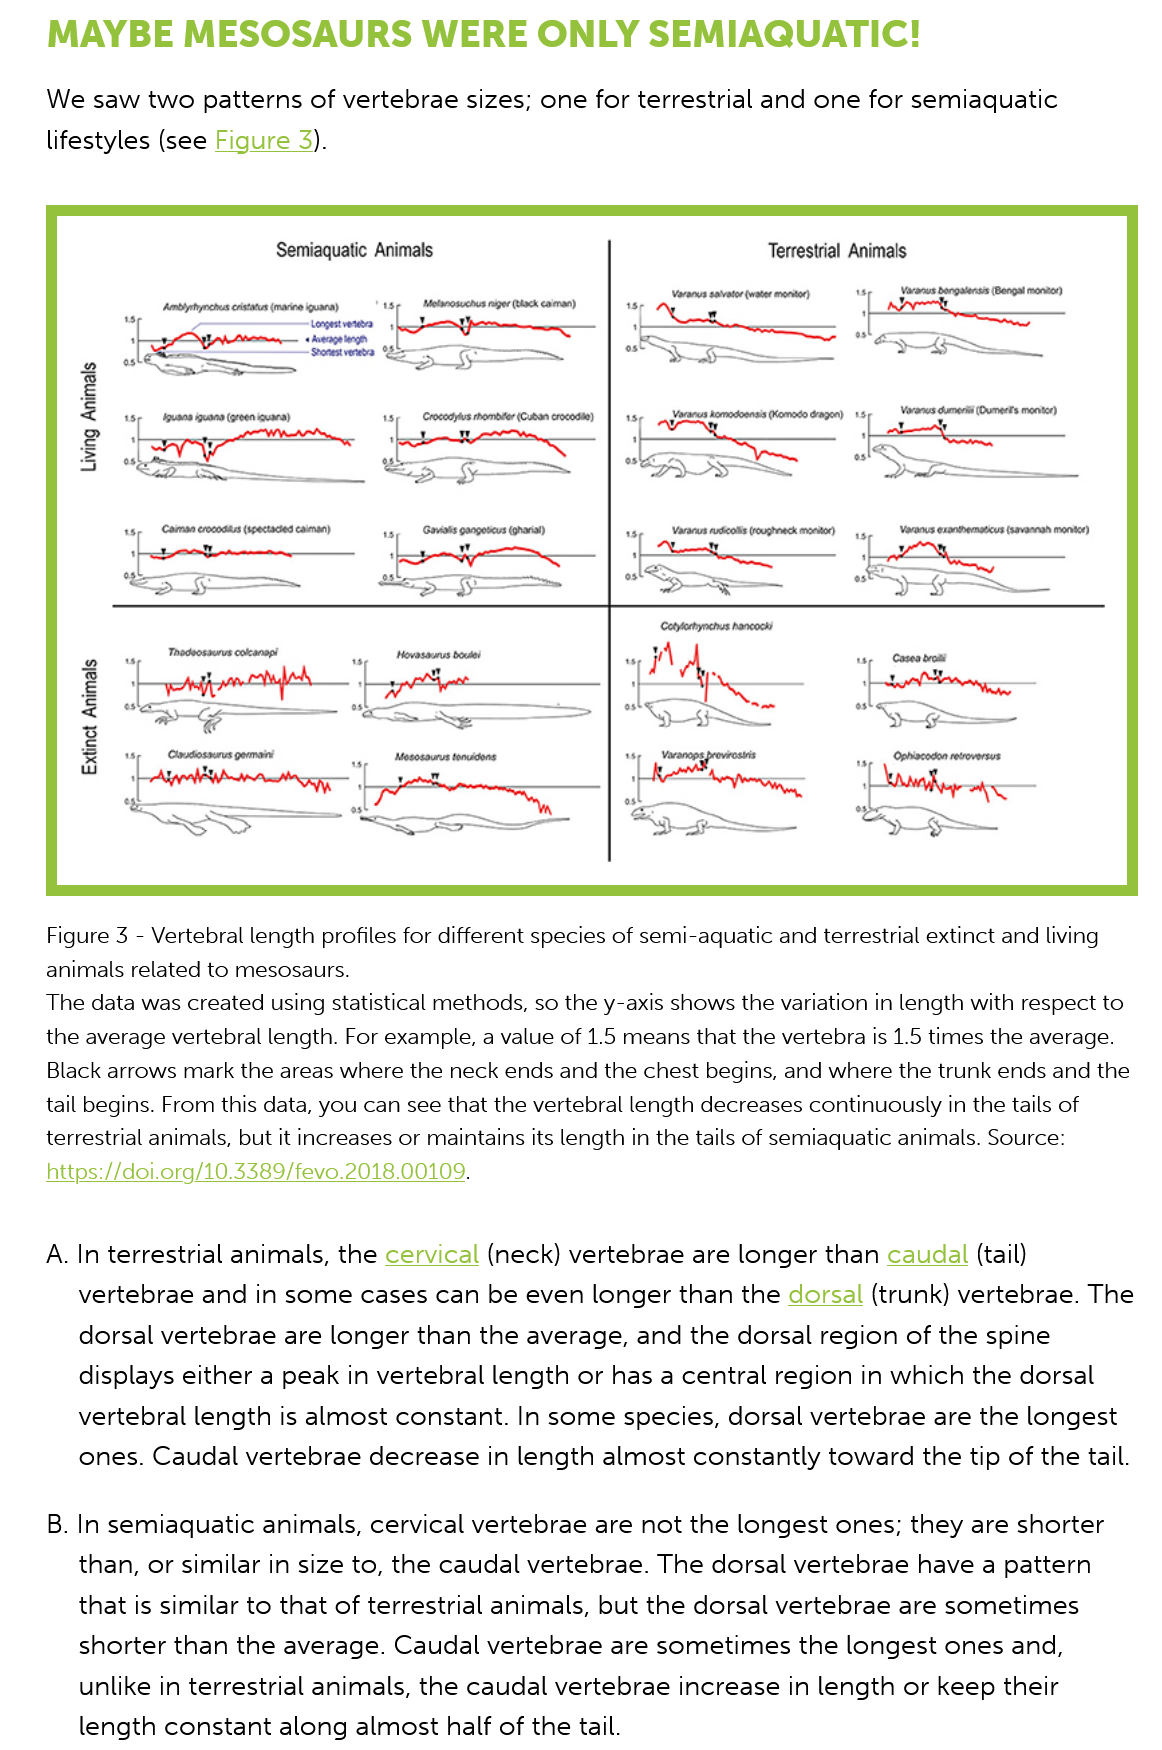
MAYBE    MESOSAURS    WERE    ONLY    SEMIAQUATIC!
     We saw   two patterns  of vertebrae  sizes; one  for terrestrial and one for semiaquatic
     lifestyles (see Figure 3).
     The data was created using statistical methods, so the y-axis shows the variation in length with respect to
     the average vertebral length. For example, a value of 1.5 means that the vertebra is 1.5 times the average.
     Black arrows mark the areas where the neck ends and the chest begins, and where the trunk ends and the
     tail begins. From this data, you can see that the vertebral length decreases continuously in the tails of
     terrestrial animals, but it increases or maintains its length in the tails of semiaquatic animals. Source:
     https://doi.org/10.3389/fevo.2018.00109.
     A. In terrestrial animals, the cervical (neck) vertebrae  are longer than  caudal (tail)

     vertebrae  and in some   cases  can be  even  longer than  the dorsal  (trunk) vertebrae. The

     dorsal vertebrae  are longer  than the  average,  and the  dorsal region  of the spine
     displays either a peak  in vertebral length or has  a central region  in which  the dorsal
     vertebral length  is almost constant.  In some  species,  dorsal vertebrae  are the longest
     ones. Caudal   vertebrae  decrease in  length almost   constantly  toward  the tip of the tail.
     B. In semiaquatic  animals,  cervical vertebrae  are not the  longest ones;  they are  shorter
     than, or similar in size to, the caudal vertebrae. The  dorsal  vertebrae  have a pattern
     that is similar to that of terrestrial animals, but the dorsal vertebrae are sometimes
     shorter than  the average.  Caudal  vertebrae  are sometimes    the longest  ones  and,
     unlike in terrestrial animals, the caudal vertebrae  increase  in length or  keep their
     length constant   along almost   half of the tail.
     Figure 3
     -
     Vertebral length profiles for different species of semi-aquatic and terrestrial extinct and living
     animals related to mesosaurs.
     Semiaquatic Animals
     syewiuy
     Suir]
     ‘syewluy
     yougx3
     Terrestrial Animals
     Aembiytnyrchuss cristata (maree quan)
     Moleroschess raged (thack cana)
     ipuans mquane (green quar) Crocodylus thombter (Cuban crocodie)
     Caman crocoditss (spectacied cainan)
     Veranus saivetor {water monitor)
     omadoensss (Komodo Srayen),
     Vorarnas dumerié (Oumert's moniter)
     Varonus
     bengatensis (Bengal montor)
     Varanus nudicollis (roughneck monitor), Voranes exantnematcus (savannah monte)
     Cases brostt